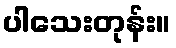
ပါသေးတုန်း။